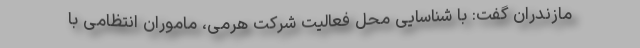
مازندران گفت: با شناسایی محل فعالیت شرکت هرمی، ماموران انتظامی با